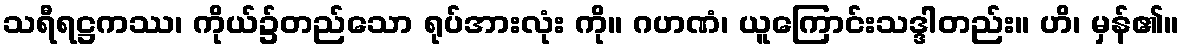
သရီရဋ္ဌကဿ၊ ကိုယ်၌တည်သော ရုပ်အားလုံး ကို။ ဂဟဏံ၊ ယူကြောင်းသဒ္ဒါတည်း။ ဟိ၊ မှန်၏။